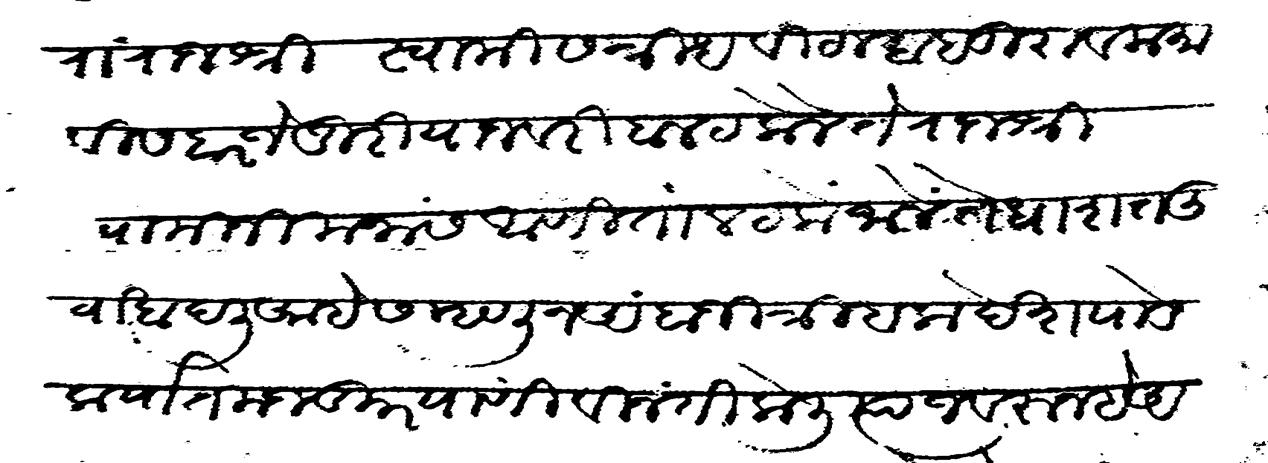
Transliteration (Devanagari): सातारा राजश्री स्वामी सनिध विटल बाबूराव कमाविसदार जेजुरी याजवरी बालट केले ते राजश्री वामिनी मनास आणिता लटके झाले ते धाशत तुवा खादलि आहेस म्हणून अंबाजी त्रिबक देशपाडे कर्यात मजकूर याणी विनंती केली त्याजवरून हे अभेये